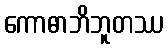
ကောဓာဘိဘူတဿ